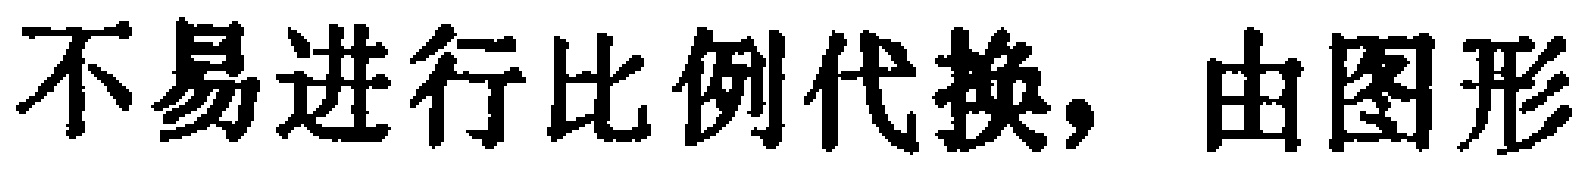
不易进行比例代换, 由图形